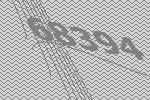
68394